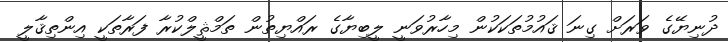
ދުނިޔޭގެ ވަރަށް ގިނަ ޤައުމުތަަކަކުން މިހާރުވަނީ ލީބިޔާގެ ރައްޔިތުން ތަމްޘީލްކުރާ ފަރާތަކީ އިންތިޤާލީ